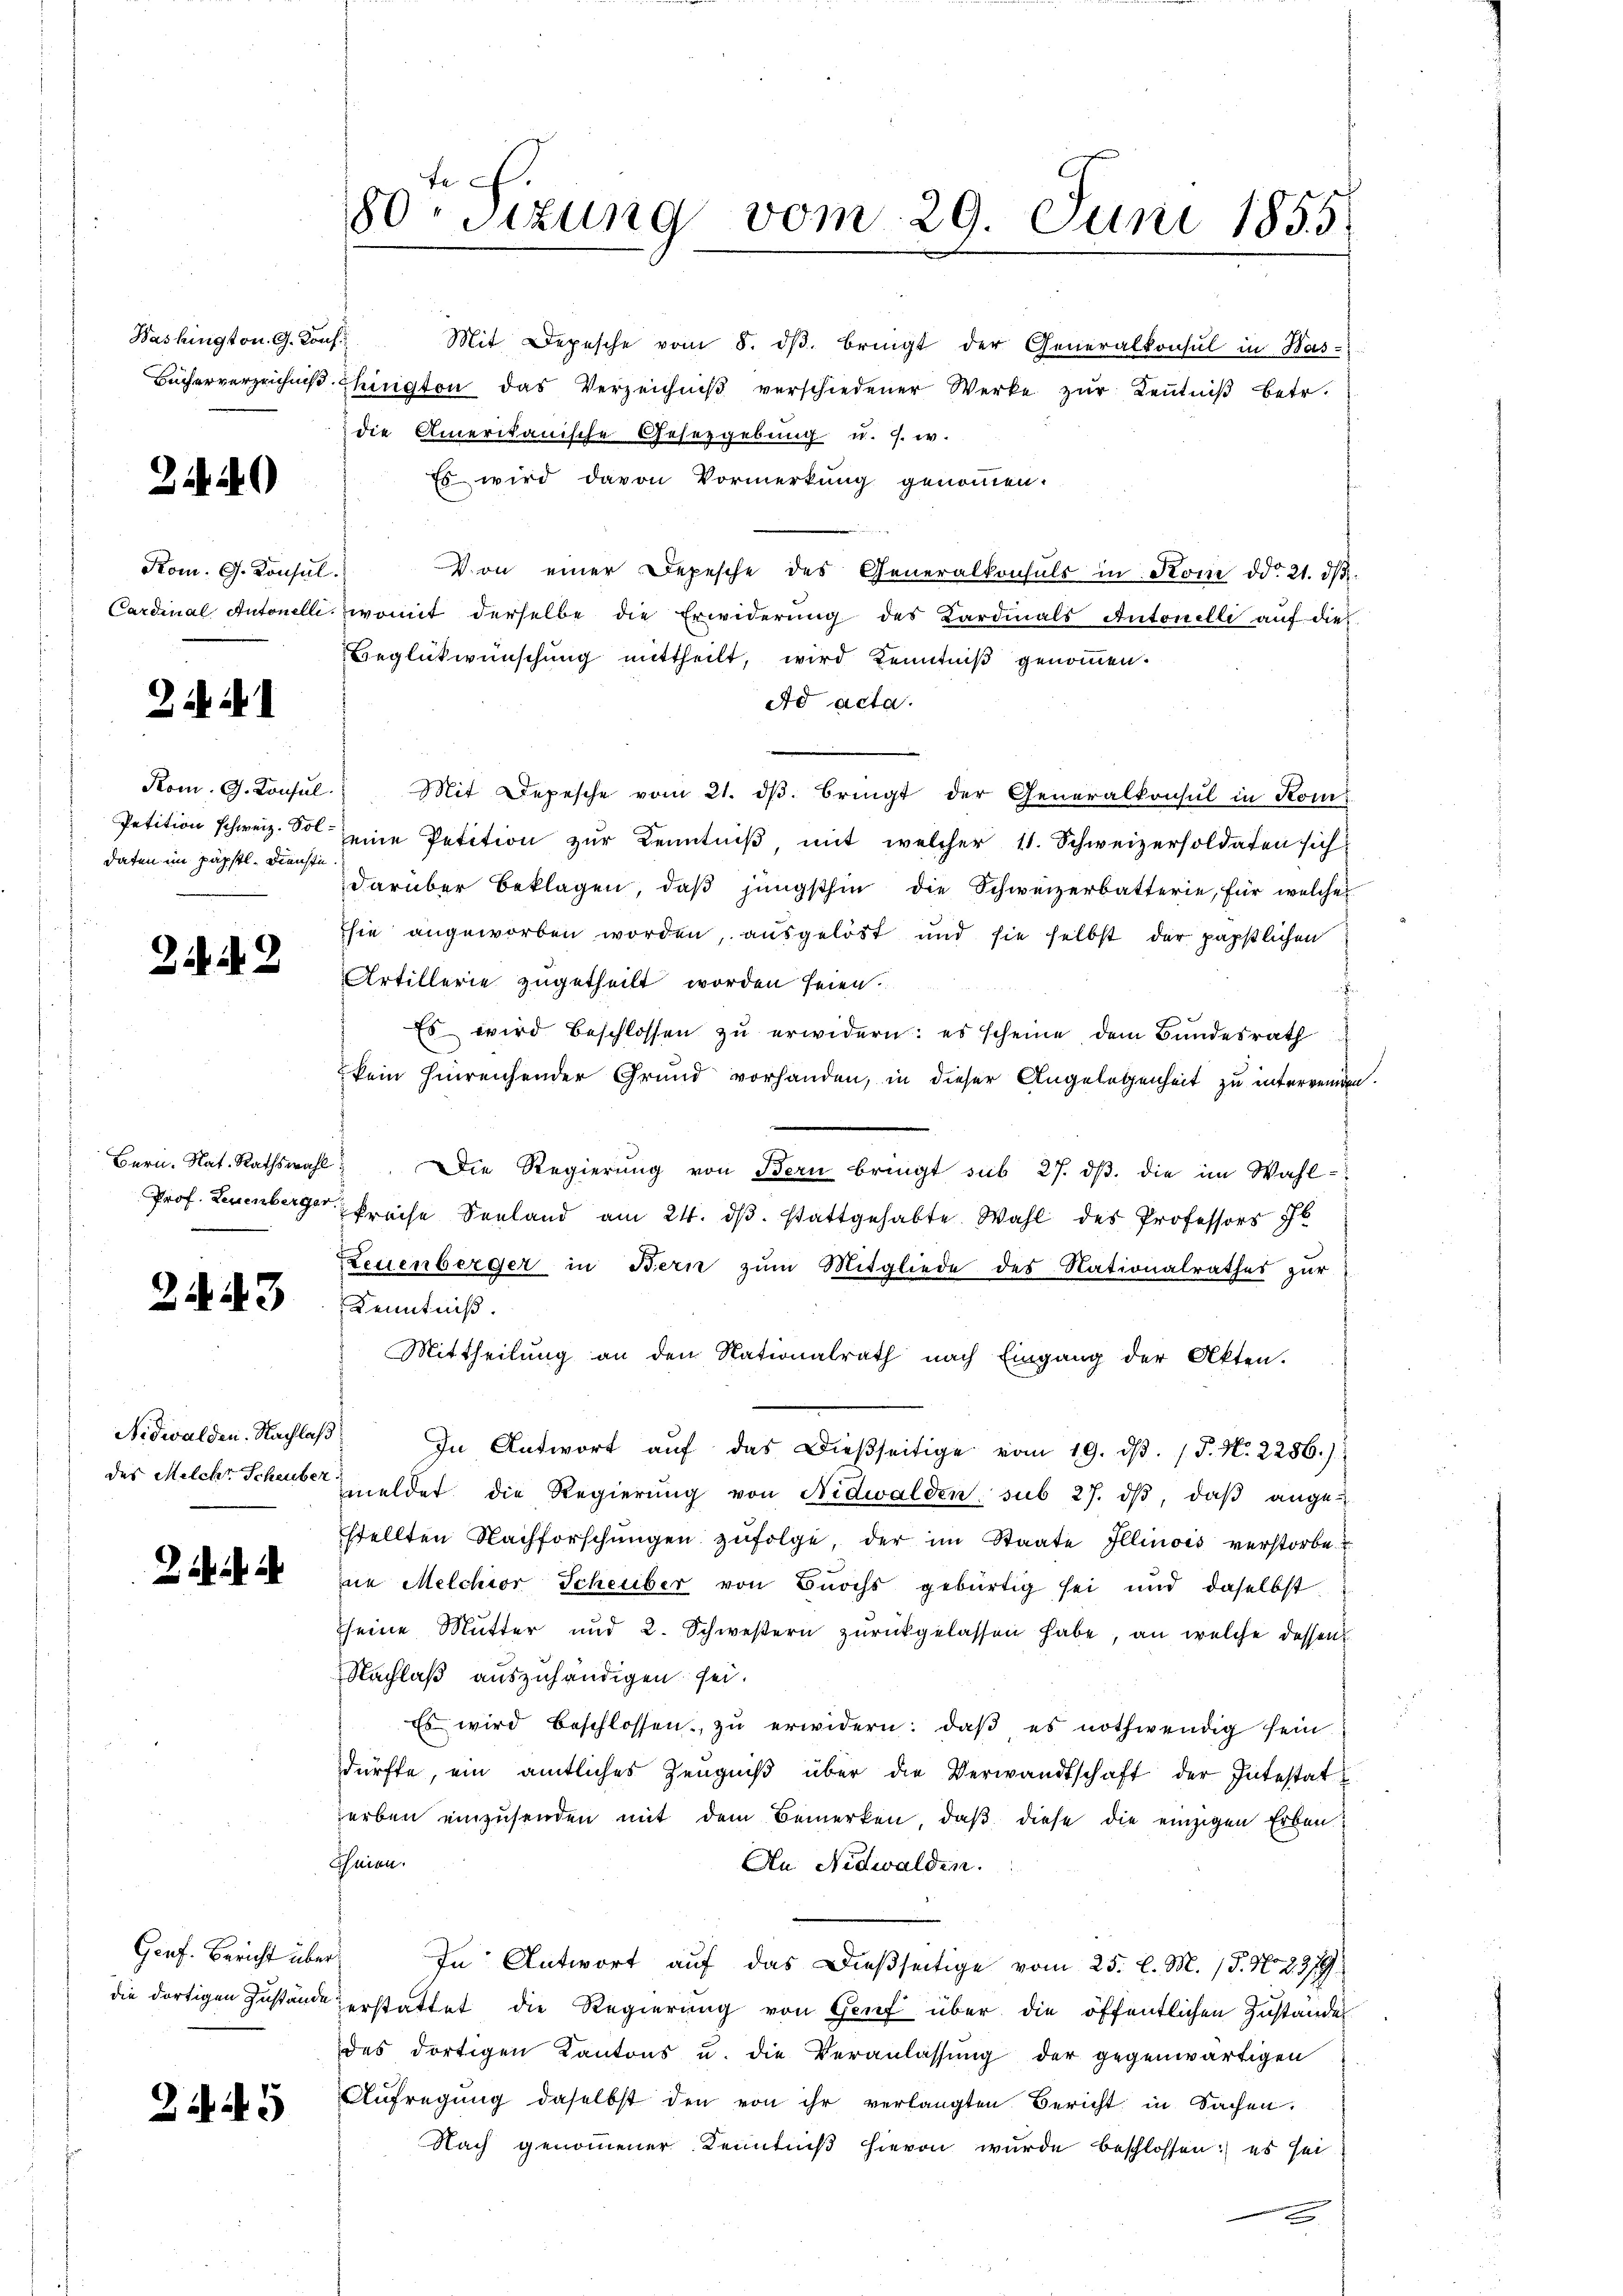
Washington. G. Konf.

2)

Kom. G. Konsul
Cardinal Antonelli.

21. d. 1

Kom. G. Konsul
Petition schweiz. Soldaten im päpstl. Dienste

242

Bern. Nat. Rathswahl
Prof. Leuenberger

2. 43

Nidwalden. Nachlas
des Melche Scheuber

Gruf. Bericht über
die dortigen Zustände

Zif. 5

80. Sizung vom 29. Juni 1855.

Mit Depesche vom 8. dβ. bringt der Generalkonsul in Has-
Bücherverzeichniβ hington das Verzeichniβ verschiedener Werke zŭr Keṅtniβ betr.
die Amerikanische Gesetzgebung u. s. w.
Es wird davon Vormerkung genommen.
Von einer Depesche des Generalkonsuls in Kom ddo 21. dβ.
womit derselbe die Erwiderung des Kardinals Antonelli auf dies
Beglückwünschung mittheilt, wird Kenntniß genommen.
ad acta.
Mit Depesche vom 21. dβ. bringt der Generalkonsul in Kom
eine Petition zŭr Kenntniβ, mit welcher 11. Schweizersoldaten sich
darüber beklagen, daβ jüngsthin die Schweizerbatterie, für welches
sie angeworben worden, ausgelöst und sie selbst der päpstlichen
Artillerie zugetheilt worden seien.
.
Es wird beschlossen zu erwidern: es scheine, dem Bundesrath
kein hinreichender Grund vorhanden, in dieser Angelegenheit zu interwenden.
.Die Regierŭng von Bern bringt sub 27. dβ. die im Wahl-
preise Seeland am 24. dβ. stattgehabte. Wahl des Professors H
Keuenberger in Bern zŭm Mitgliede des Nationalrathes zŭr
Kenntniß.
Mittheilung an den Nationalrath nach Eingang der Akten.
In Antwort aŭf das dießseitige vom 19. dβ. P. Nr. 2286):
meldet die Regierŭng von Nidwalden sub 27. dβ, daβ ange-
stellten Nachforschŭngen zŭfolge, der im Staate Illinois verstorbe
ne Melchior Scheiber von Buochs gebürtig sei und daselbst
seine Mutter und 2. Schwestern zŭrückgelassen habe, an welche dessen
Nachlaß auszuhändigen sei.
Es wird beschlossen zŭ erwidern: daβ es nothwendig sein
dürfte, ein amtliches Zeŭgniβ über die Verwandtschaft der Intestat
erben einzusenden mit dem Bemerken, daß diese die einzigen Erben
heien.
An Nidwalden.
In Antwort auf das Dießseitige vom 25. l. M. (§. N. 2379.
erstattet die Regierung von Genf über die öffentlichen Zustandes
des dortigen Kantons u. die Veranlassung der gegenwärtigen
Aufregung daselbst den von ihr verlangten Bericht in Sachen.
Nach genommener Kenntniß hievon wurde beschlossen: es sei
.